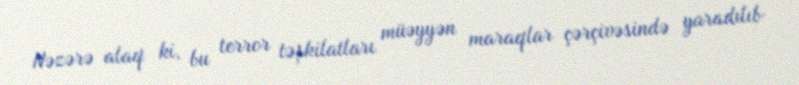
Nəzərə alaq ki, bu terror təşkilatları müəyyən maraqlar çərçivəsində yaradılıb